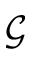
\mathcal { G }